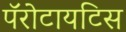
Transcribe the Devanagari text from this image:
पॅरोटायटिस